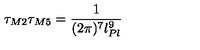
\tau _ { M 2 } \tau _ { M 5 } = \frac { 1 } { ( 2 \pi ) ^ { 7 } l _ { P l } ^ { 9 } }